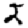
Digit: 2